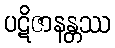
ပဋိဇာနန္တဿ